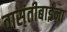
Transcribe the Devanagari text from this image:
वासंतीबाईंना